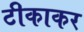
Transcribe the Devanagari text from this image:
टीकाकर